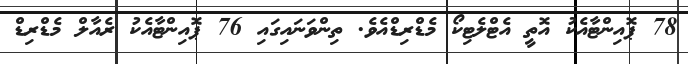
78 ޕޮއިންޓާއެކު އޮތީ އެޓްލެޓިކޯ މެޑްރިޑްއެވެ. ތިންވަނައިގައި 76 ޕޮއިންޓާއެކު ރެއާލް މެޑްރިޑް